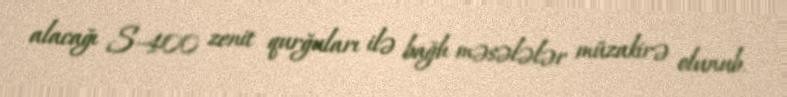
alacağı S-400 zenit qurğuları ilə bağlı məsələlər müzakirə olunub.